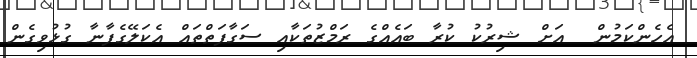
އެހެންކަމުން  އަށް ޝިރުކު ކުރާ ބައެއްގެ ރަމްޒުތަކާއި ސަގާފަތްތައް އެކަލޭގެފާނާ ގުޅުވިގެން